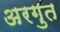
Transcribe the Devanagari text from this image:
अरगुत